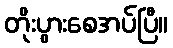
တိုးပွားစေအပ်ပြီ။